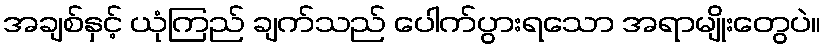
အချစ်နှင့် ယုံကြည် ချက်သည် ပေါက်ပွားရသော အရာမျိုးတွေပဲ။